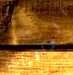
الواقيات